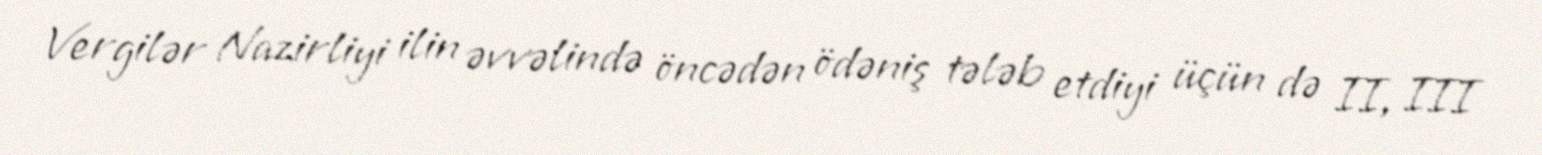
Vergilər Nazirliyi ilin əvvəlində öncədən ödəniş tələb etdiyi üçün də II, III